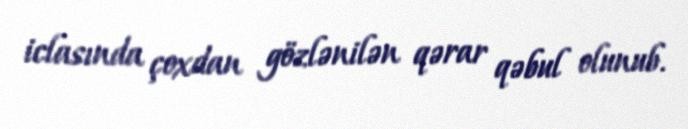
iclasında çoxdan gözlənilən qərar qəbul olunub.